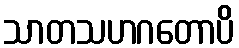
သာတသဟဂတောပိ